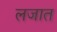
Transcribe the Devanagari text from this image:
लजात